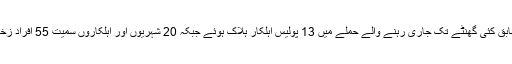
حکام کے مطابق کئی گھنٹے تک جاری رہنے والے حملے میں 13 پولیس اہلکار ہلاک ہوئے جبکہ 20 شہریوں اور اہلکاروں سمیت 55 افراد زخمی ہوئے ہیں۔